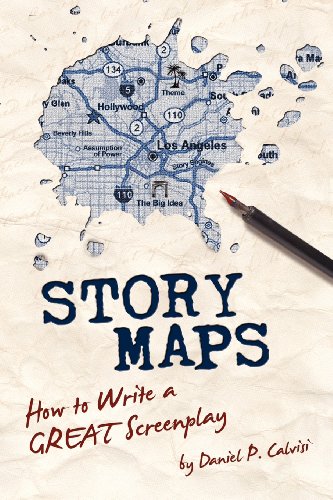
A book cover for STORY MAPS: How to Write a GREAT Screenplay; Daniel P Calvisi; Humor & Entertainment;